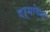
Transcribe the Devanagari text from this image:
दऱ्यांच्या